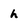
Character: h